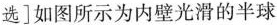
选]如果所示为内壁光滑的半球